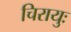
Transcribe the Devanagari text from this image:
चिरायुः